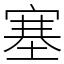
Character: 塞